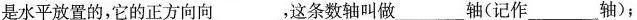
是水平放置的，它的正方向向___，这条数轴叫做___轴(记作___轴)；